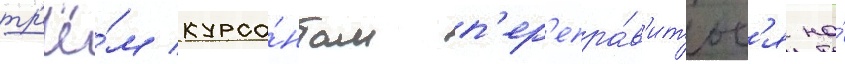
тр'ё́м курса́нтам п'ер'епра́в'итьс'я на́